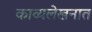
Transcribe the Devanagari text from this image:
काव्यलेखनात